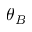
\theta _ { B }